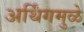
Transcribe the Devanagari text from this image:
अर्थिंगमुळे